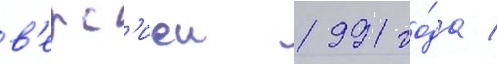
в'ерс'иеи 1991 го́да /